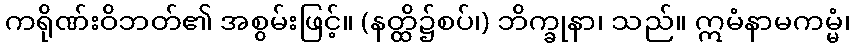
ကရိုဏ်းဝိဘတ်၏ အစွမ်းဖြင့်။ (နတ္ထိ၌စပ်၊) ဘိက္ခုနာ၊ သည်။ ဣမံနာမကမ္မံ၊